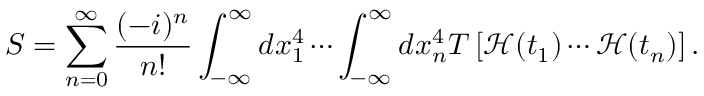
S = \sum _ { n = 0 } ^ { \infty } { \frac { ( - i ) ^ { n } } { n ! } } \int _ { - \infty } ^ { \infty } d x _ { 1 } ^ { 4 } \cdots \int _ { - \infty } ^ { \infty } d x _ { n } ^ { 4 } T \left[ { \mathcal { H } } ( t _ { 1 } ) \cdots { \mathcal { H } } ( t _ { n } ) \right] .